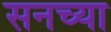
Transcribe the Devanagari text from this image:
सनच्या